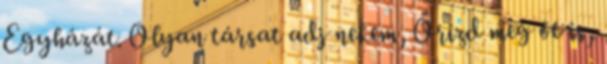
Egyházát. Olyan társat adj nekem, Őrizd meg őt is,